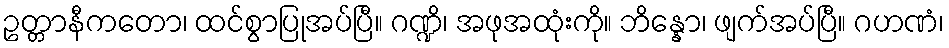
ဥတ္တာနီကတော၊ ထင်စွာပြုအပ်ပြီ။ ဂဏ္ဍိ၊ အဖုအထုံးကို။ ဘိန္နော၊ ဖျက်အပ်ပြီ။ ဂဟဏံ၊